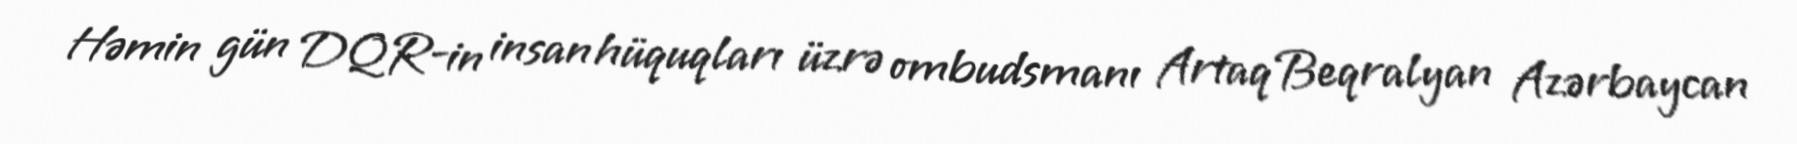
Həmin gün DQR-in insan hüquqları üzrə ombudsmanı Artaq Beqralyan Azərbaycan